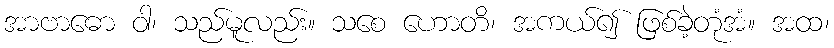
အာဗာဓော ဝါ၊ သည်မူလည်း။ သစေ ဟောတိ၊ အကယ်၍ ဖြစ်ခဲ့တုံအံ။ အထ၊